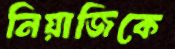
নিয়াজিকে